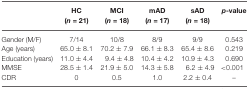
|  | HC (n = 21) | MCI (n = 18) | mAD (n = 17) | sAD (n = 18) | p-value |  |
 | --- | --- | --- | --- | --- | --- | --- |
 | Gender (M/F) | 7/14 | 10/8 | 8/9 | 9/9 | 0.543 |
 | Age (years) | 65.0 ± 8.1 | 70.2 ± 7.9 | 66.1 ± 8.3 | 65.4 ± 8.6 | 0.219 |
 | Education (years) | 11.0 ± 4.4 | 9.4 ± 4.8 | 10.4 ± 4.2 | 10.9 ± 4.3 | 0.690 |
 | MMSE | 28.5 ± 1.4 | 21.9 ± 5.0 | 14.3 ± 5.8 | 6.2 ± 4.9 | <0.001 |
 | CDR | 0 | 0.5 | 1.0 | 2.2 ± 0.4 | – |